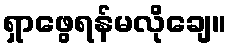
ရှာဖွေရန်မလိုချေ။